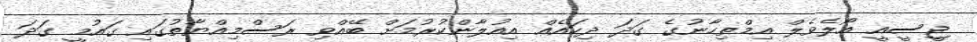
ޖީސީއީ އޯލެވެލް އިމްތިހާނުގެ ގަދަ ދިހައެއް އިއުލާންކުރުމަށް ބޭއްވި ރަސްމިއްޔާތުގައި ގައުމީ ގަދަ